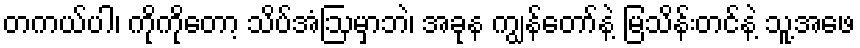
တကယ်ပါ၊ ကိုကိုတော့ သိပ်အံဩမှာဘဲ၊ အခုန ကျွန်တော်နဲ့ မြသိန်းတင်နဲ့ သူ့အဖေ